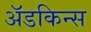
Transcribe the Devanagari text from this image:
अॅडकिन्स